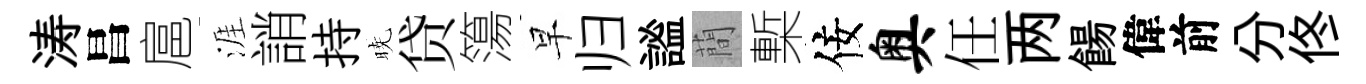
涛昌扈涯誚持暁贷簜早归謐蕳槧佞奥任两餳偉前分佟